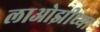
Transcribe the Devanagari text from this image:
लाओझीच्या